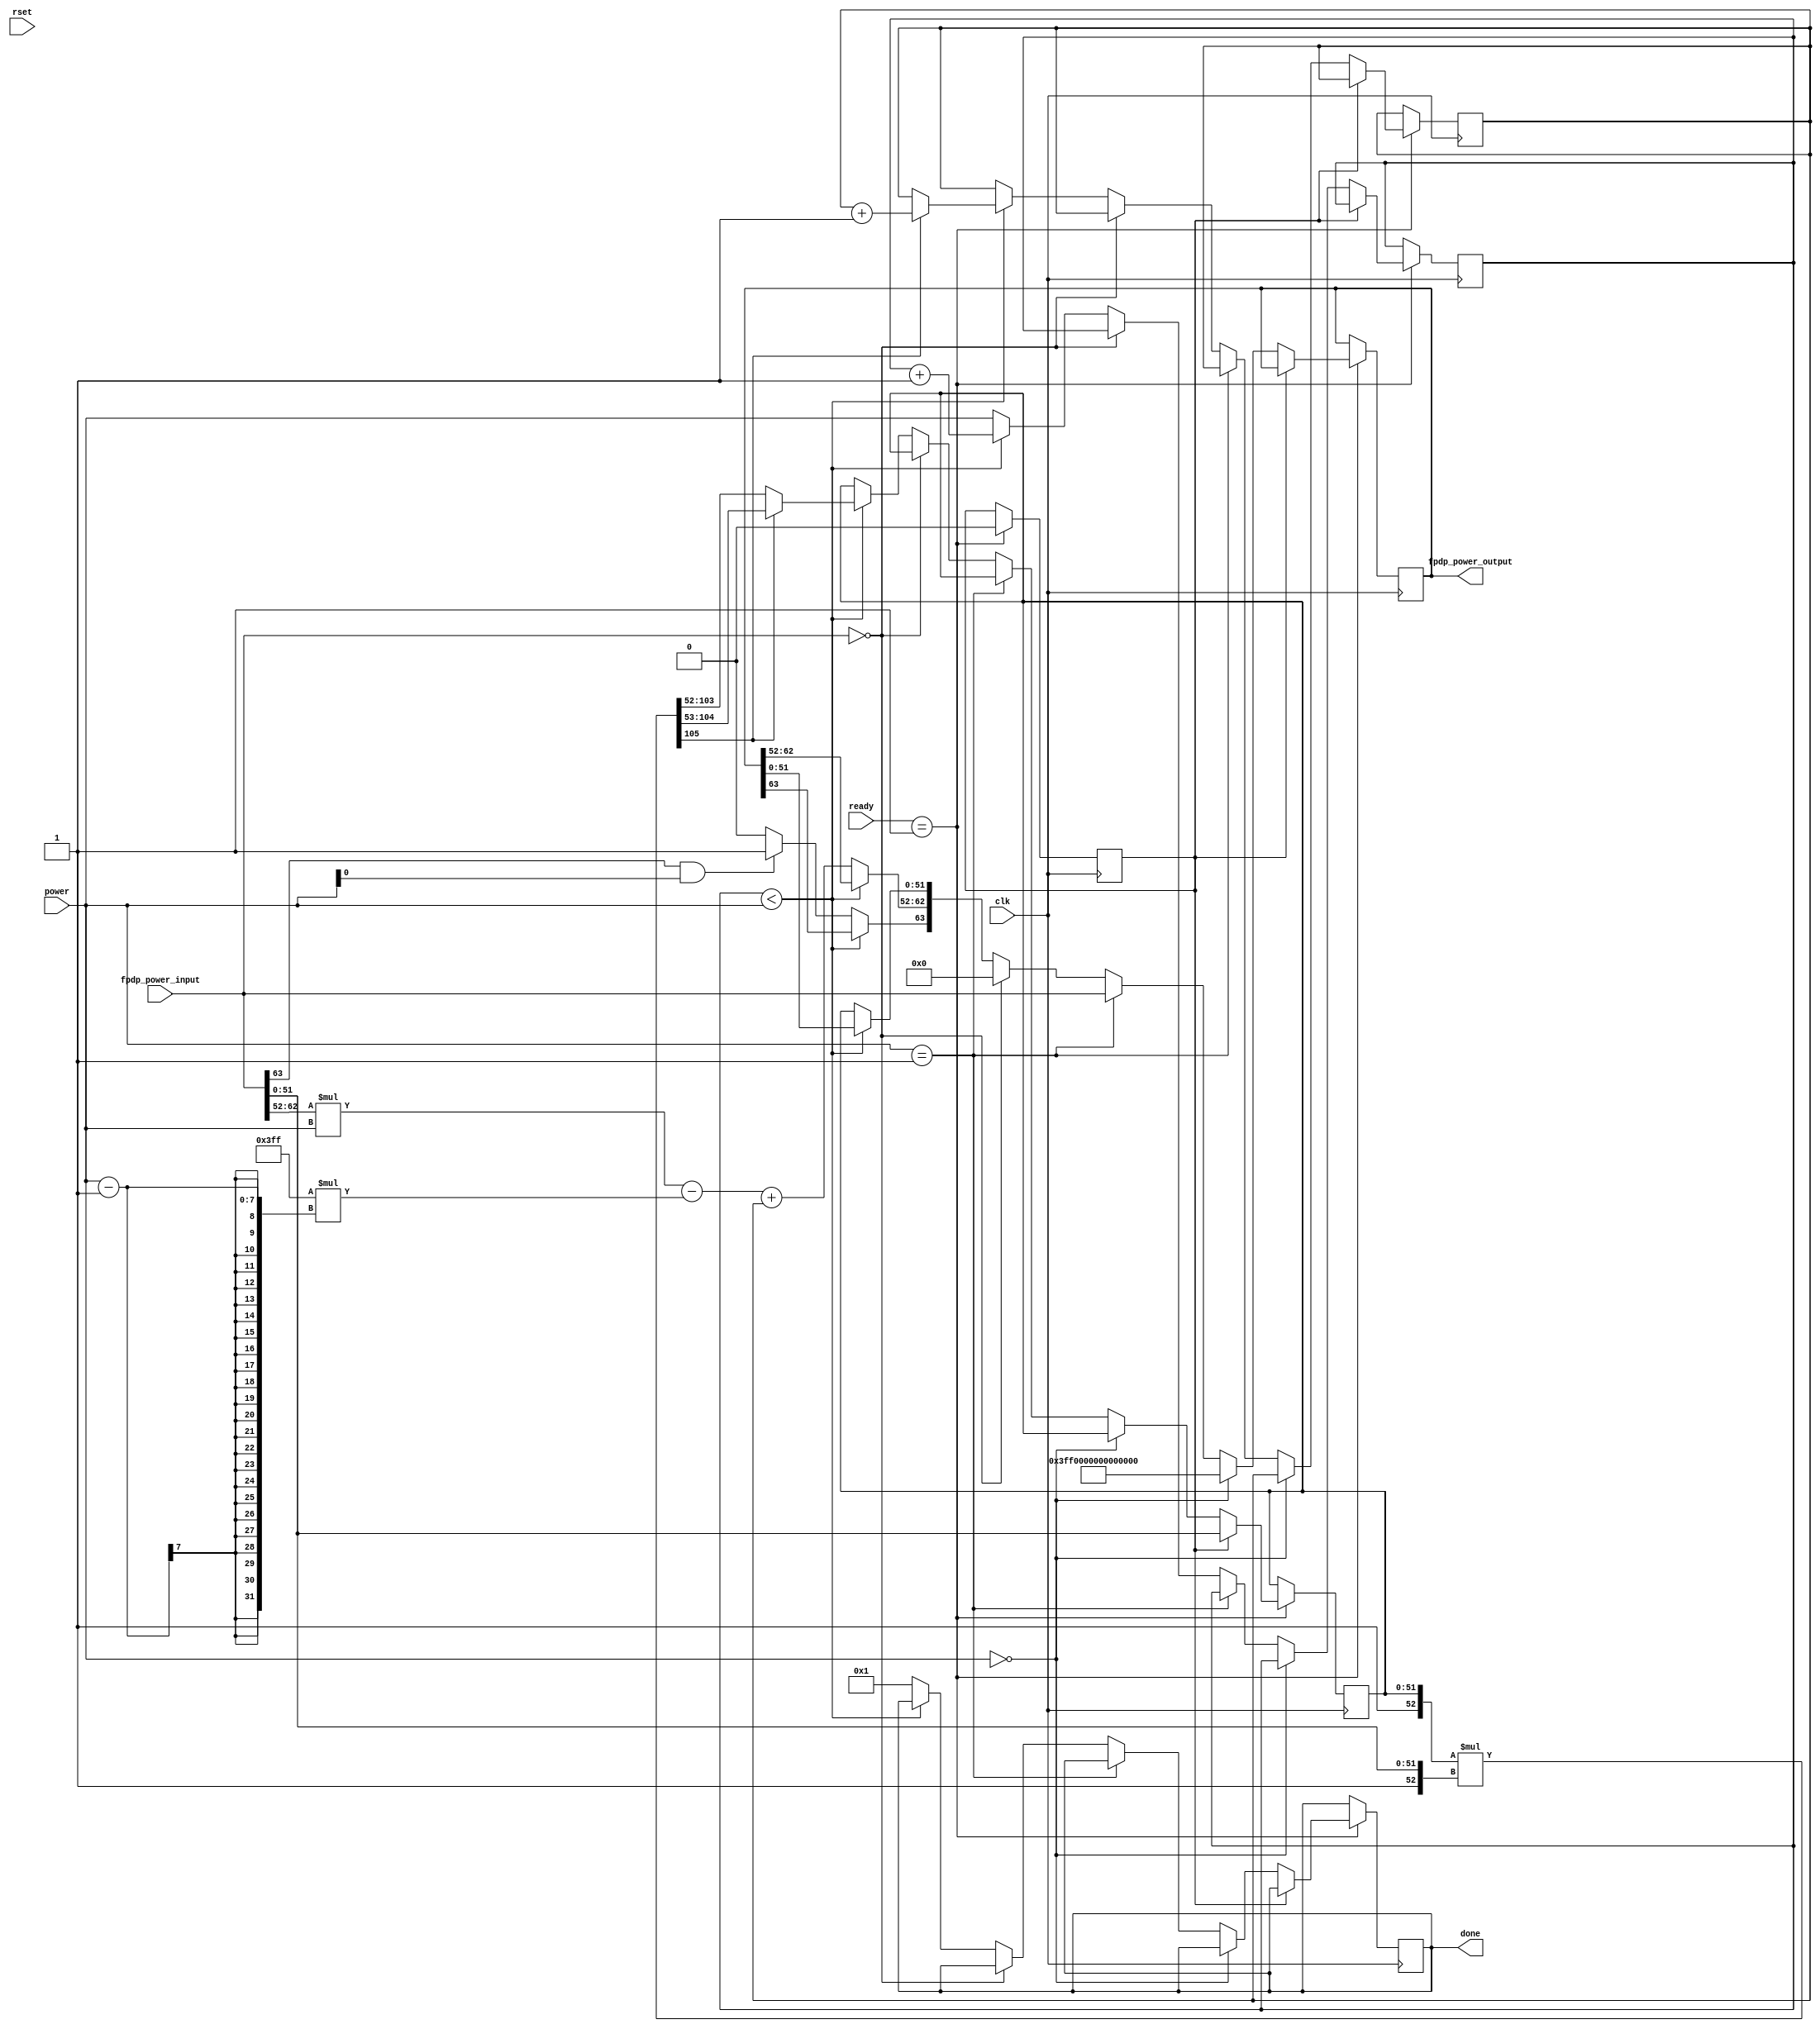
//IEEE 754 double precision floating point kth power calculation 
//https://www.h-schmidt.net/FloatConverter/IEEE754.html--for verification of computation of this code
//http://www.rfwireless-world.com/Tutorials/floating-point-tutorial.html--for algorithm

module fpdp_power (
	fpdp_power_output,
	done,
	fpdp_power_input,
	power,
	ready,
	clk,
	rset
	);

output reg [63:0]fpdp_power_output='d0;
output reg [3:0]done='d0;

input [63:0]fpdp_power_input;
input [6:0]power;
input [3:0]ready;
input clk;
input rset;

reg [105:0]mant_product='d0;
reg [51:0]fpdp_power_input_mant;
reg [6:0]i='d1;	//keep bit width of power & i same
reg [6:0]mant_over_flow='d0;
reg mant_init='d1;

always@(posedge clk)
begin
	if(ready=='d1)
	begin
		if(mant_init)
		begin
			fpdp_power_input_mant = fpdp_power_input[51:0];
			mant_init ='d0;
		end
		else if(power=='d0) fpdp_power_output <= 'h3FF0000000000000;
		else if(power =='d1) fpdp_power_output <= fpdp_power_input;
		else if(fpdp_power_input=='d0) fpdp_power_output <= 'd0;
		else
		begin
			/* if (rset)
			begin
				fpdp_power_output <= 'd0;
				mant_product<='d0;
				fpdp_power_input_mant <= fpdp_power_input[22:0];
				i='d1;
				mant_over_flow='d0;
				$display("fpdp_power_output=%d,mant_product=%d,fpdp_power_input_mant=%d,i=%d",fpdp_power_output,mant_product,fpdp_power_input_mant,i);
			end
			else  
			begin*/
				if(i<power)
				begin
					mant_product = {1'd1,fpdp_power_input_mant[51:0]}*{1'd1,fpdp_power_input[51:0]};
					fpdp_power_input_mant = (mant_product[105]==1)? mant_product[104:53] : mant_product[103:52]; 
					mant_over_flow = (mant_product[105]==1)? (mant_over_flow + 'd1) : mant_over_flow ;
					i = i + 'd1;
					$display("mant_product=%b,fpdp_power_input_mant=%b",mant_product,fpdp_power_input_mant);
					$display("i<power=%d,i=%d,power=%d",(i<power),i,power);
				end
				else
				begin
					i = power;
					fpdp_power_output[63] = (fpdp_power_input[63]&&power[0]==1)? 'd1:'d0 ;
					$display("fpdp_power_output[63]=%b",fpdp_power_output[63]);
					fpdp_power_output[62:52] = fpdp_power_input[62:52]*power-'d1023*(power-'d1) + mant_over_flow;
					$display("fpdp_power_output[62:52]=%d",fpdp_power_output[62:52]);
					fpdp_power_output[51:0] = fpdp_power_input_mant;
					$display("fpdp_power_output[51:0]=%d",fpdp_power_output[51:0]);
					$display("fpdp_power_output[105]=%d",mant_product[105]);
					$display("10453fpdp_power_output[51:0]=%b",mant_product[104:53]);
					$display("10352fpdp_power_output[51:0]=%b",mant_product[103:52]);
					done = 'd1;
				end
			//end
		end
	end
end	
endmodule